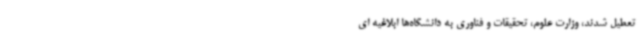
تعطیل شدند، وزارت علوم، تحقیقات و فناوری به دانشگاه‌ها ابلاغیه ای